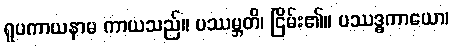
ရူပကာယနာမ ကာယသည်။ ပဿမ္ဘတိ၊ ငြိမ်း၏။ ပဿဒ္ဓကာယော၊